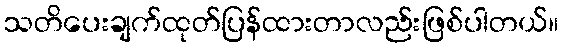
သတိပေးချက်ထုတ်ပြန်ထားတာလည်းဖြစ်ပါတယ်။